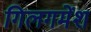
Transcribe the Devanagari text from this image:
गिलगमेंश